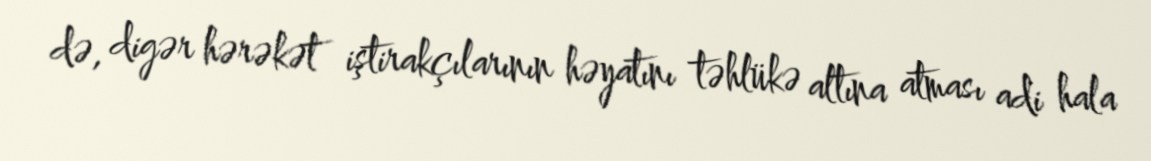
də, digər hərəkət iştirakçılarının həyatını təhlükə altına atması adi hala